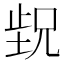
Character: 𬆁